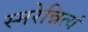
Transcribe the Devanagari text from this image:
स्मरेन्नित्यं